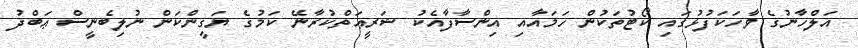
އަލްހާނުގެ ވާހަކަފުޅުގައި ކޯޓުތަކުން ހަމައާއި އިންސާފާއެކު ޝަރީޢަތްކުރާނޭ ކަމުގެ ޔަގީންކަން ނުލިބެނީސް ޢަބްދު